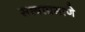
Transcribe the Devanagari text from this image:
सत्त्वाप्रमाणे